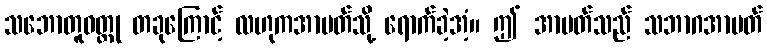
သဘောတူဝတ္ထု တခုကြောင့် လဟုကအာပတ်သို့ ရောက်ခဲ့အံ့။ ဤ အာပတ်သည် သဘာဂအာပတ်